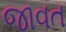
જાવત